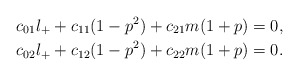
\begin{align*} c_{01}l_++c_{11}(1-p^2)+c_{21}m(1+p)&=0,\\ c_{02}l_++c_{12}(1-p^2)+c_{22}m(1+p)&=0.\end{align*}